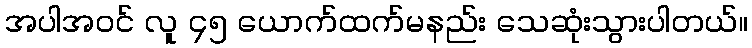
အပါအဝင် လူ ၄၅ ယောက်ထက်မနည်း သေဆုံးသွားပါတယ်။